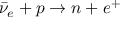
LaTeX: { \bar { \nu } } _ { e } + p \to n + e ^ { + }